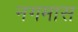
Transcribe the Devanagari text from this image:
नगमास